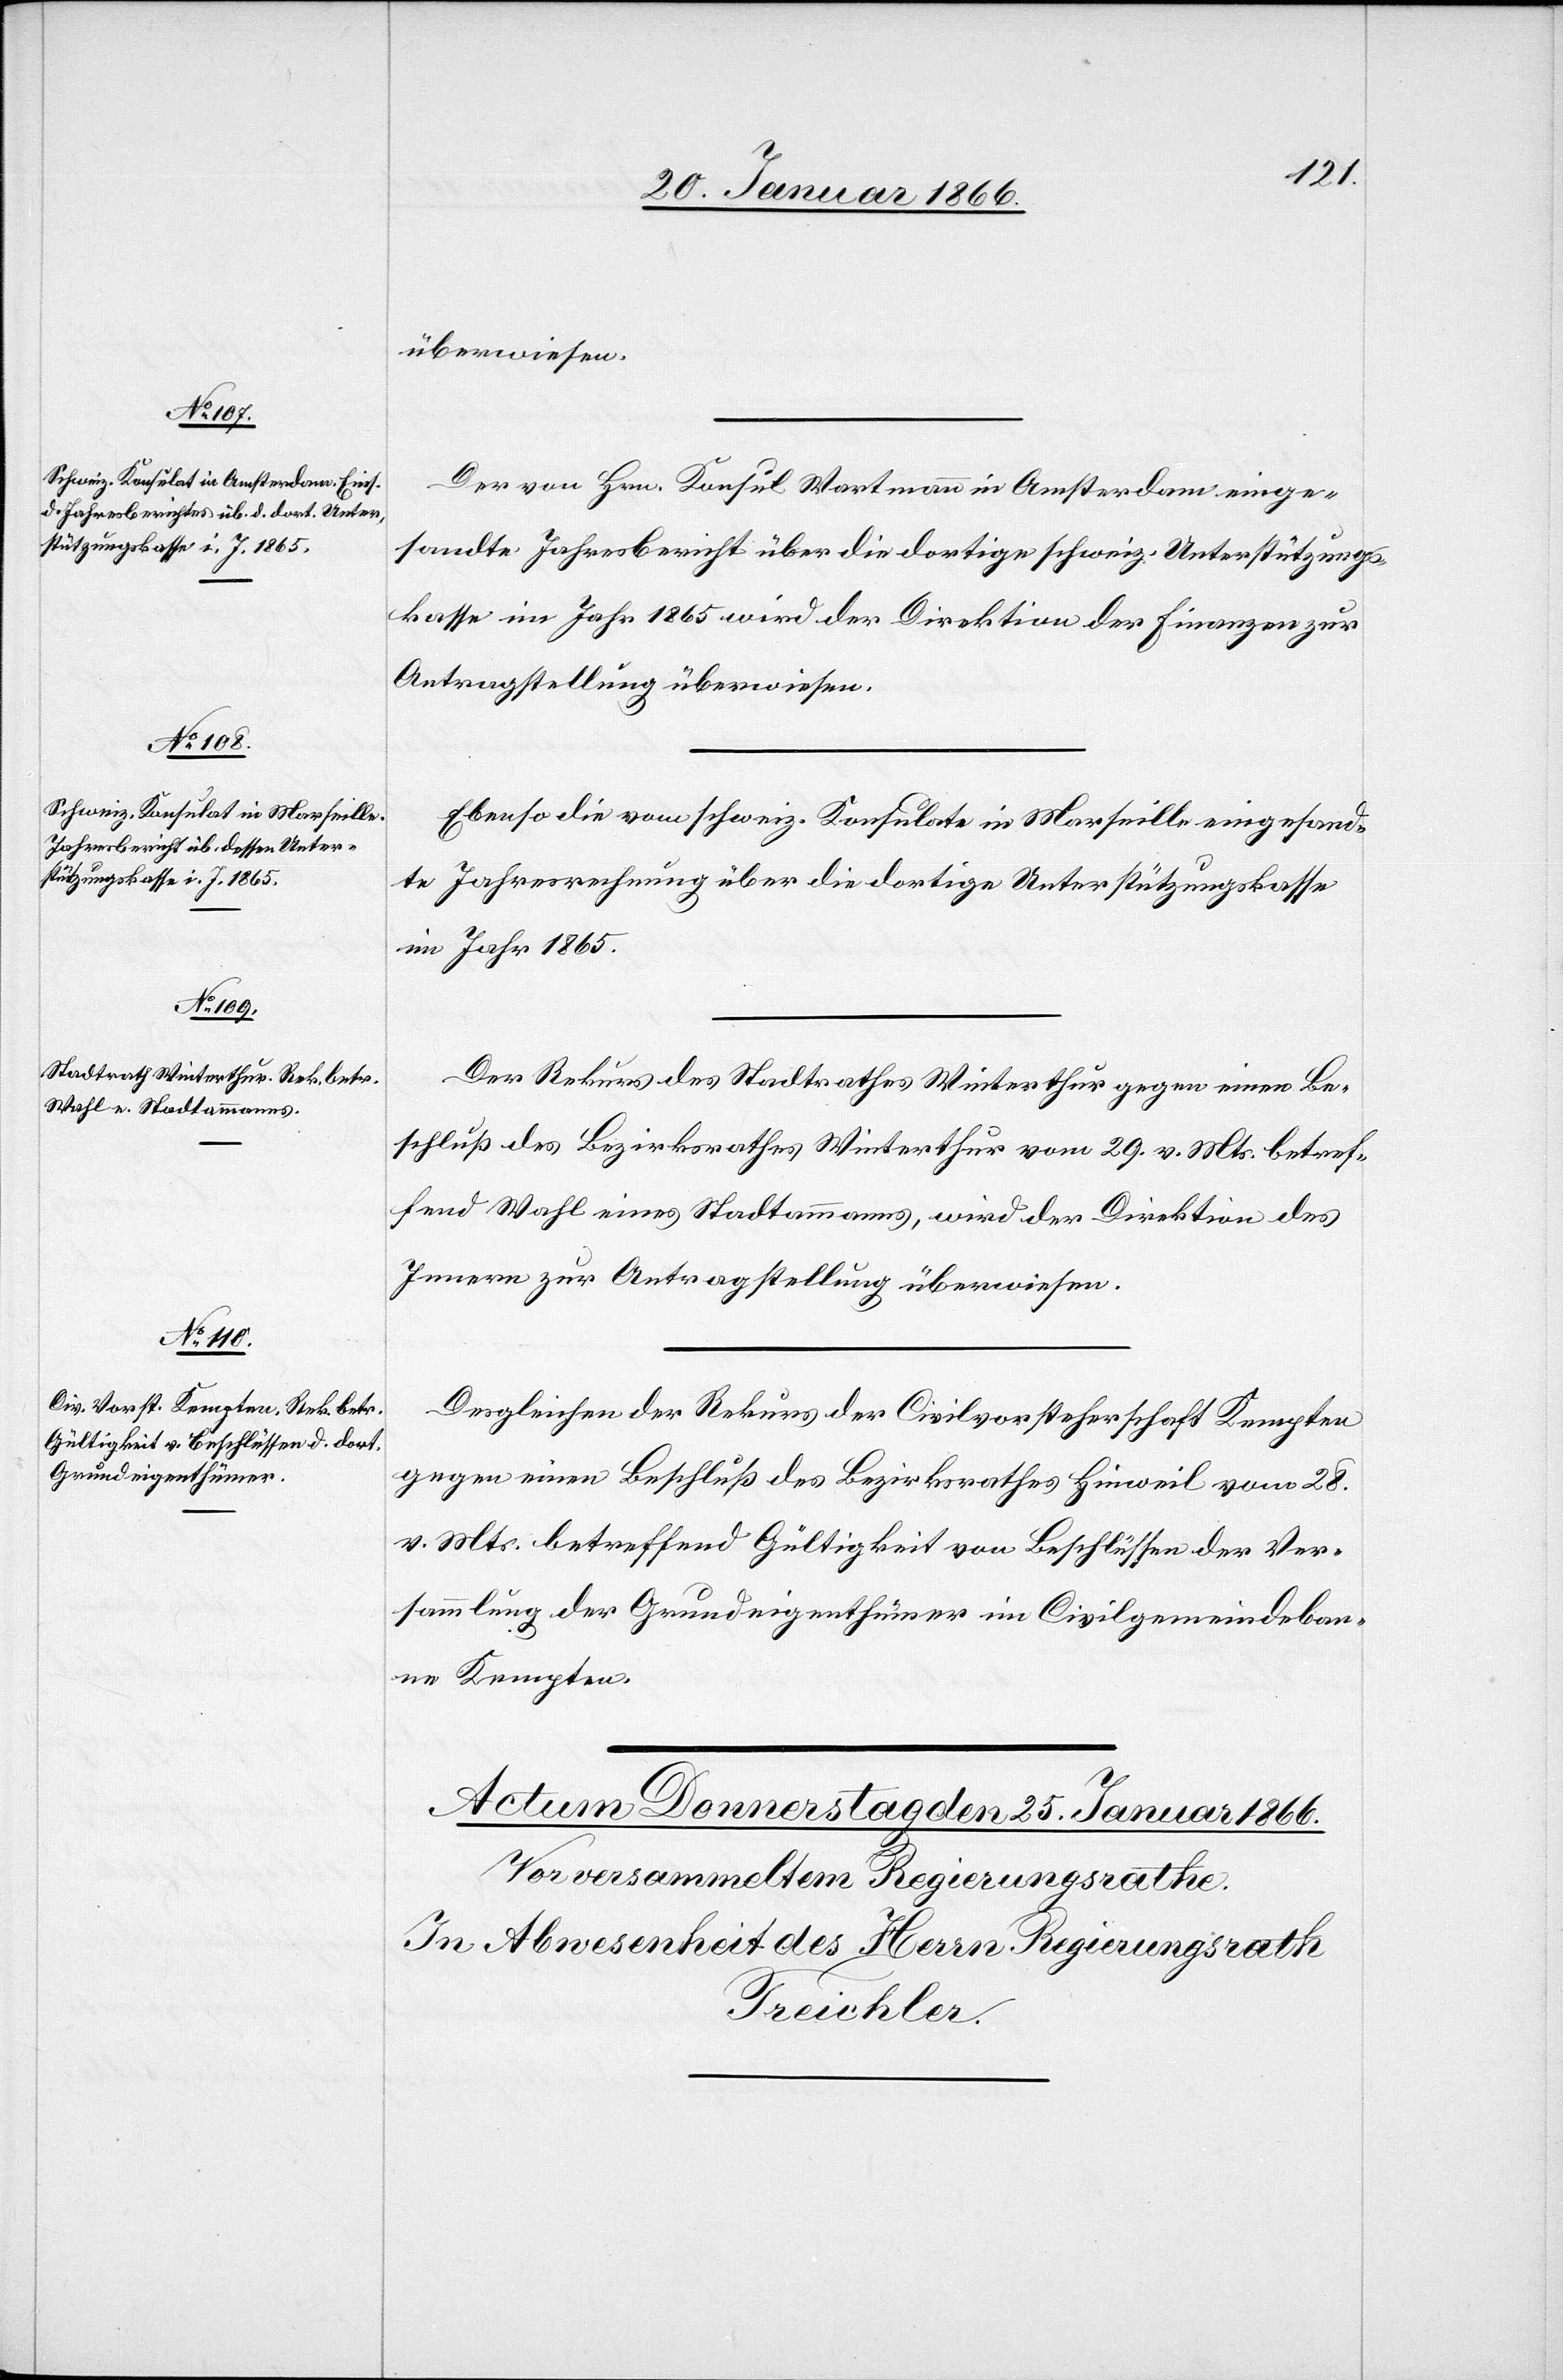
22. Januar 1866.]
überwiesen.
Der von Hrn. Konsul Wartmann in Amsterdam einge¬
sandte Jahresbericht über die dortige schweiz. Unterstützungs¬
kasse im Jahr 1865 wird der Direktion der Finanzen zur
Antragstellung überwiesen.
Ebenso die vom schweiz. Konsulate in Marseille eingesand¬
te Jahresrechnung über die dortige Unterstützungskasse
im Jahr 1865.
Der Rekurs des Stadtrathes Winterthur gegen einen Be¬
schluß des Bezirksrathes Winterthur vom 29. v. Mts. betref¬
fend Wahl eines Stadtammanns, wird der Direktion des
Innern zur Antragstellung überwiesen.
Desgleichen der Rekurs der Civilvorsteherschaft Kempten
gegen einen Beschluß des Bezirksrathes Hinweil vom 28.
v. Mts. betreffend Gültigkeit von Beschlüssen der Ver¬
sammlung der Grundeigenthümer im Civilgemeindeban¬
n Kempten.